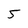
Character: 5